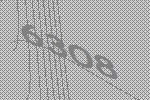
6308